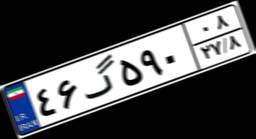
۴۶گ۵۹۰۰۸